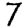
Digit: 7